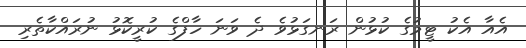
އެއާ އެކު ޓީމުގެ ކުޅުން ރަނގަޅުވެ ދެ ވަނަ ހާފްގެ ކުރީކޮޅު ނުރައްކާތެރި